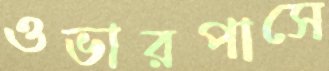
ওভারপাসে